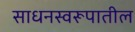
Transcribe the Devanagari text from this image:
साधनस्वरूपातील